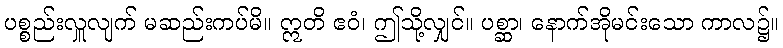
ပစ္စည်းလှူလျက် မဆည်းကပ်မိ။ ဣတိ ဧဝံ၊ ဤသို့လျှင်။ ပစ္ဆာ၊ နောက်အိုမင်းသော ကာလ၌။